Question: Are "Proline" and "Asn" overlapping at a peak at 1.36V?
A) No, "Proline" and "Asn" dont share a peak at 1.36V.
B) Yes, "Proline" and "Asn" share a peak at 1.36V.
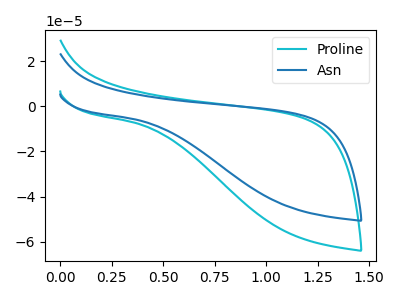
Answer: <think>The cyan curve "Proline" has no peaks. The blue curve "Asn" has no peaks.</think>
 <answer>A) No, "Proline" and "Asn" dont share a peak at 1.36V.</answer>
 <eval>A</eval>